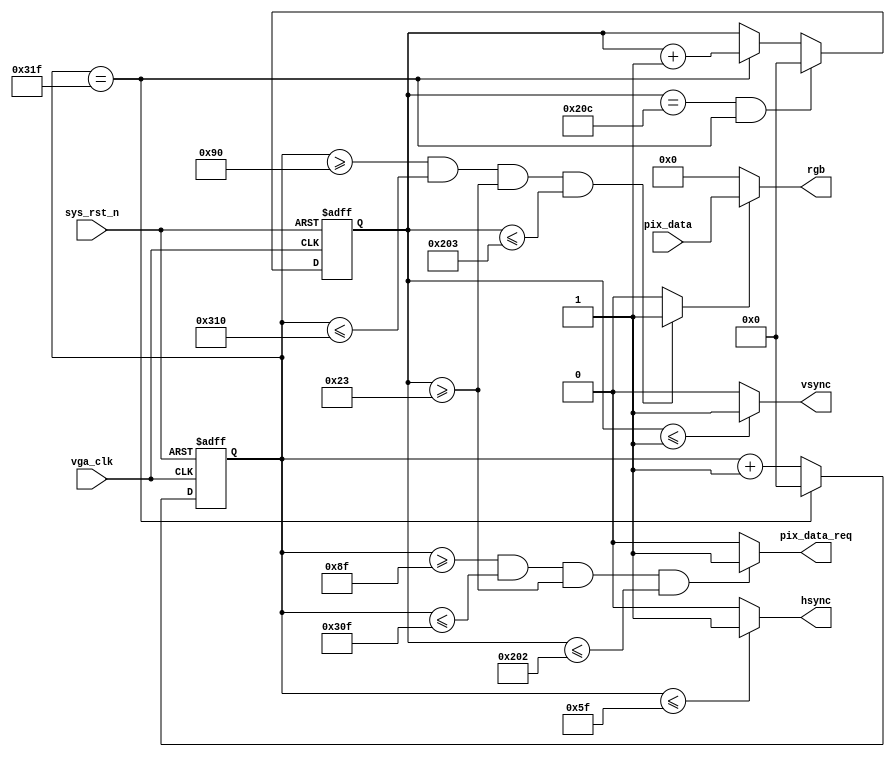
module vga_ctrl
(
	input	wire			vga_clk		,
	input	wire			sys_rst_n	,
	input	wire	[15:0]	pix_data	,
	
	output	wire	[15:0]	rgb			,
	output	wire			hsync		,
	output	wire			vsync		,
	//output	wire	[9:0]	pix_x		,
	//output	wire	[9:0]	pix_y		,
	output	wire			pix_data_req
);

parameter H_SYNC    =   10'd96  ,   //
          H_BACK    =   10'd40  ,   //
          H_LEFT    =   10'd8   ,   //
          H_VALID   =   10'd640 ,   //
          H_RIGHT   =   10'd8   ,   //
          H_FRONT   =   10'd8   ,   //
          H_TOTAL   =   10'd800 ;   //
parameter V_SYNC    =   10'd2   ,   //
          V_BACK    =   10'd25  ,   //
          V_TOP     =   10'd8   ,   //
          V_VALID   =   10'd480 ,   //
          V_BOTTOM  =   10'd8   ,   //
          V_FRONT   =   10'd2   ,   //
          V_TOTAL   =   10'd525 ;   //

reg		[9:0]	cnt_h;
reg		[9:0]	cnt_v;
//wire			pix_data_req;
wire			rgb_valid;

always@(posedge vga_clk or negedge sys_rst_n)
	if(sys_rst_n == 1'b0)
		cnt_h <= 10'd0;
	else if(cnt_h == H_TOTAL-1)
		cnt_h <= 10'd0;
	else
		cnt_h <= cnt_h + 1'b1;
		

always@(posedge vga_clk or negedge sys_rst_n)
	if(sys_rst_n == 1'b0)
		cnt_v <= 10'd0;
	else if((cnt_v==V_TOTAL-1)&&(cnt_h==H_TOTAL-1))
		cnt_v <= 10'd0;
	else if(cnt_h == H_TOTAL-1)
		cnt_v <= cnt_v + 1'b1;
	else
		cnt_v <= cnt_v;

assign rgb_valid = ((cnt_h>=H_SYNC + H_BACK + H_LEFT)
					&&(cnt_h<=H_SYNC + H_BACK + H_LEFT + H_VALID)
					&&(cnt_v>=V_SYNC + V_BACK + V_TOP)
					&&(cnt_v<=V_SYNC + V_BACK + V_TOP + V_VALID))?1'b1:1'b0;

assign pix_data_req = ((cnt_h>=H_SYNC + H_BACK + H_LEFT - 1'b1)
						&&(cnt_h<=H_SYNC + H_BACK + H_LEFT + H_VALID - 1'b1)
						&&(cnt_v>=V_SYNC + V_BACK + V_TOP)
						&&(cnt_v<=V_SYNC + V_BACK + V_TOP + V_VALID-1'd1))?1'b1:1'b0;

//assign pix_x = (pix_data_req==1'b1)?(cnt_h-10'd143):10'h3ff;

//assign pix_y = (pix_data_req==1'b1)?(cnt_v-10'd35):10'h3ff;

assign hsync = (cnt_h<=H_SYNC-1'd1)?1'b1:1'b0;

assign vsync = (cnt_v<=V_SYNC-1'd1)?1'b1:1'b0;

assign rgb = (rgb_valid==1'b1)?pix_data:16'b0;



endmodule